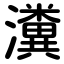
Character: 瀵